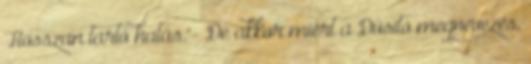
Hosszan tartó hatás."- De akkor miért a Dúsító megnevezés,